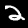
Label: 2